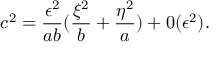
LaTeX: c ^ { 2 } = \frac { \epsilon ^ { 2 } } { a b } ( \frac { \xi ^ { 2 } } b + \frac { \eta ^ { 2 } } a ) + 0 ( \epsilon ^ { 2 } ) .